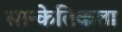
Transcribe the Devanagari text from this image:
सान्केतिकता